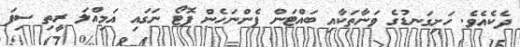
ދެކެއެވެ. ހަށިގަނޑުގެ ވަނާތަކާއި ބައްޓަން ފެންނަހެން ފޮޓޯ ނަގައި އަމިއްލަ ރީތި ސިފަ